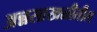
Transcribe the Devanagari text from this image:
अन्नसाखळीतील